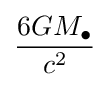
{\frac {6GM_{\bullet }}{c^{2}}}